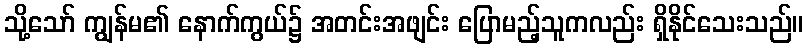
သို့သော် ကျွန်မ၏ နောက်ကွယ်၌ အတင်းအဖျင်း ပြောမည့်သူကလည်း ရှိနိုင်သေးသည်။